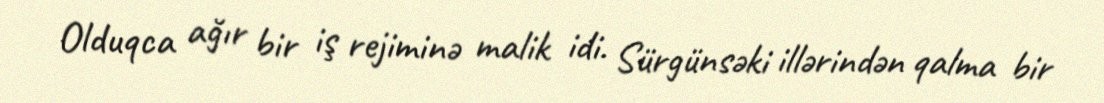
Olduqca ağır bir iş rejiminə malik idi. Sürgünsəki illərindən qalma bir